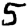
Digit: 5